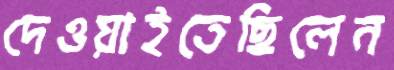
দেওয়াইতেছিলেন